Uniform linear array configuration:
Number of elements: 4
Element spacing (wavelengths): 0.75
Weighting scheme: uniform
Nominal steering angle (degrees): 0
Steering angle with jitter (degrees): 0.8997
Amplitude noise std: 0.05
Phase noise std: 0.05

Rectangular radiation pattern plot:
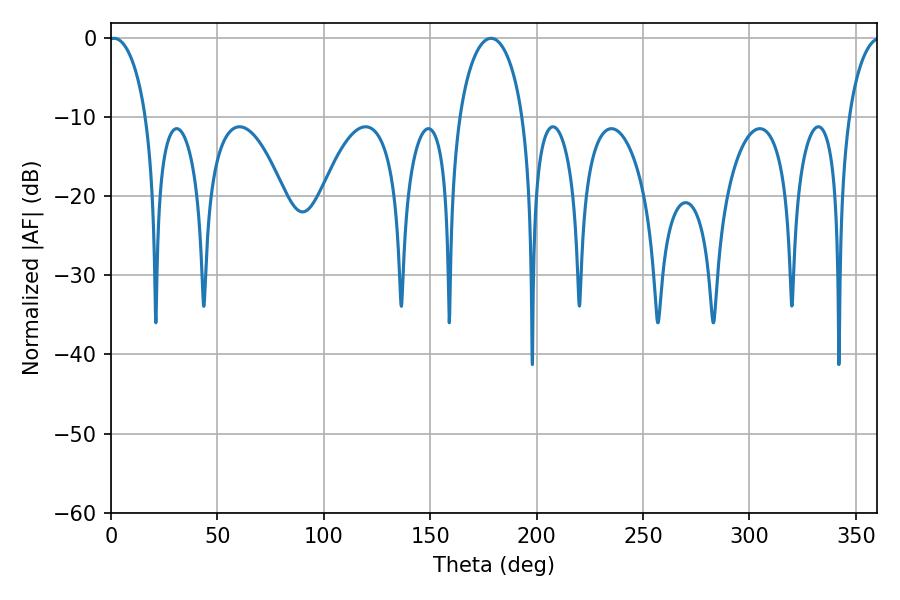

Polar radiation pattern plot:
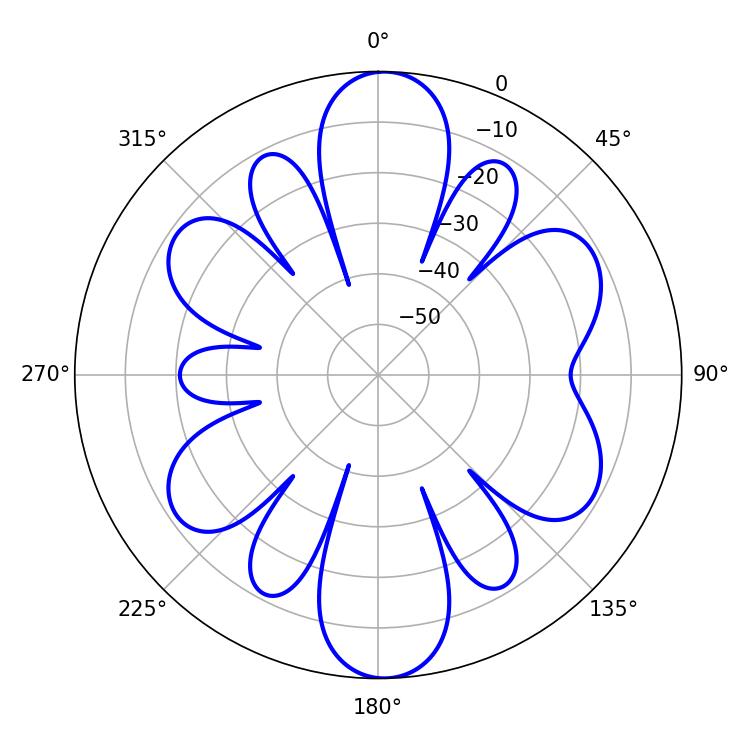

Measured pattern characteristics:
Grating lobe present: TRUE
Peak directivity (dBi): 18.196
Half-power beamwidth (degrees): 10.08
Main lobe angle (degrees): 1.44